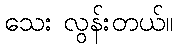
သေး လွန်းတယ်။